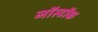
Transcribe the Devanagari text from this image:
नॉस्टॉक